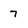
Character: 7